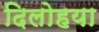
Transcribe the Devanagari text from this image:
दिलोहया